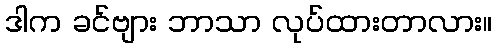
ဒါက ခင်ဗျား ဘာသာ လုပ်ထားတာလား။